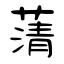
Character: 蔳